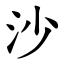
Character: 沙